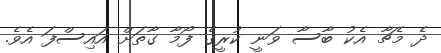
ދެ މެޗާ އެކު ބާސާ ވަނީ ކުރީގެ ފޯމާ ގާތަށް އައިސްފަ އެވެ.